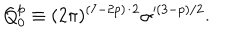
Q _ { 0 } ^ { p } \equiv ( 2 \pi ) ^ { ( 7 - 2 p ) / 2 } \alpha ^ { ( 3 - p ) / 2 } .